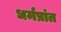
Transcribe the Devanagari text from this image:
धर्मप्रांत